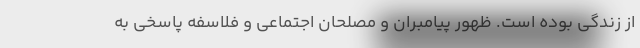
از زندگی بوده است. ظهور پیامبران و مصلحان اجتماعی و فلاسفه پاسخی به